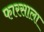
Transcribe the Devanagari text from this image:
फारसाला